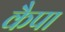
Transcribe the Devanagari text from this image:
कैपा